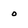
Character: o